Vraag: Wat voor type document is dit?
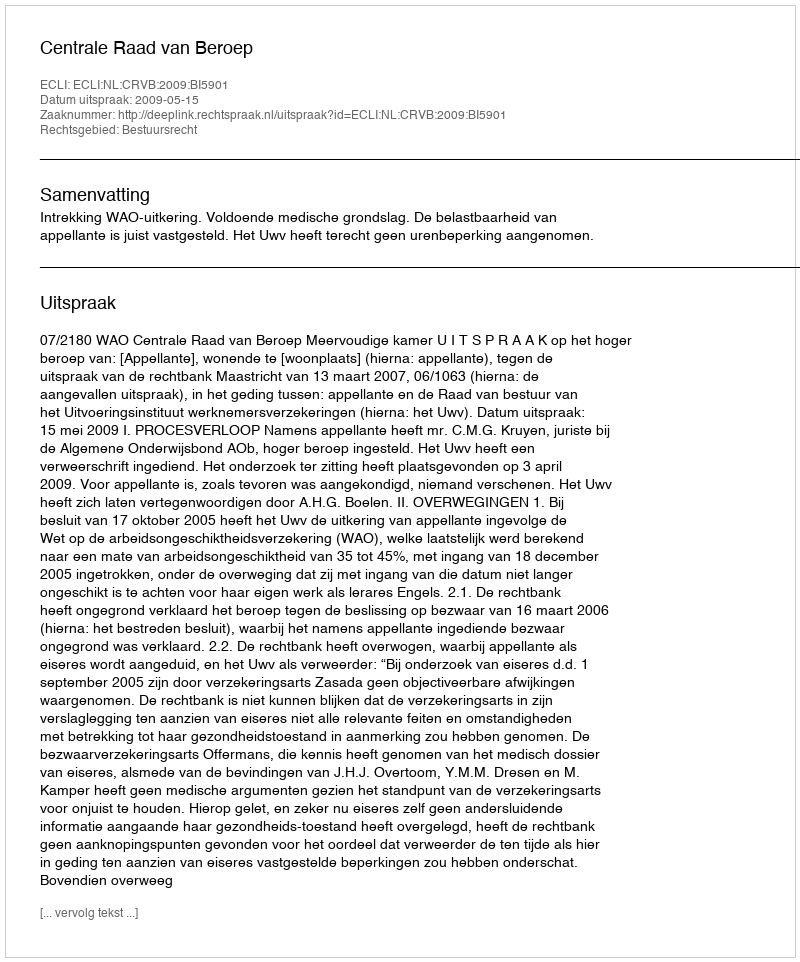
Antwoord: Uitspraak